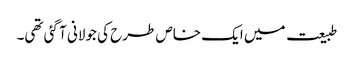
طبیعت میں ایک خاص طرح کی جولانی آ گئی تھی۔